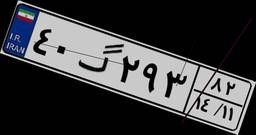
۴۰گ۲۹۳۸۲